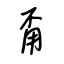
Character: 甭